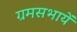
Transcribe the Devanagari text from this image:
ग्रमसभायें